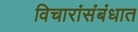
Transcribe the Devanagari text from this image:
विचारांसंबंधात